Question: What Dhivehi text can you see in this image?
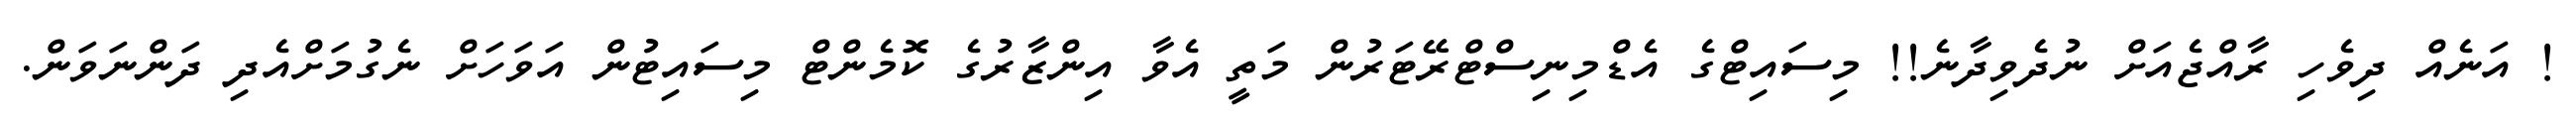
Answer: ! އަނެއް ދިވެހި ރާއްޖެއަށް ނުދެވިދާނެ!! މިސައިޓްގެ އެޑްމިނިސްޓްރޭޓަރުން މަތީ އެވާ އިންޒާރުގެ ކޮމެންޓް މިސައިޓުން އަވަހަށް ނެގުމަށްއެދި ދަންނަވަން.